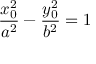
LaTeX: { \frac { x _ { 0 } ^ { 2 } } { a ^ { 2 } } } - { \frac { y _ { 0 } ^ { 2 } } { b ^ { 2 } } } = 1